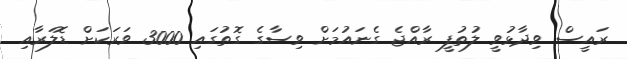
ރައީސް ވިދާޅުވީ ލުތުފީ ރާއްޖެ ގެނައުމަށް ވިސާގެ ގޮތުގައި 3000 ވަރަކަށް ޑޮލަރާއި